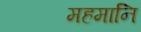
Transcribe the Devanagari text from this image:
महमानि